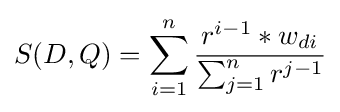
S(D,Q)=\sum _{i=1}^{n}{\frac {r^{i-1}*w_{di}}{\sum _{j=1}^{n}r^{j-1}}}